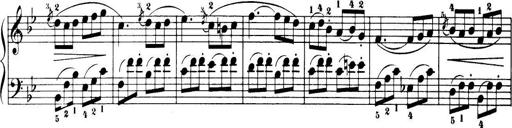
Title: 32 Sonatinas and Rondos for the Piano
Composer: Richard Kleinmichel